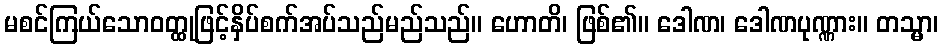
မစင်ကြယ်သောဝတ္ထုဖြင့်နှိပ်စက်အပ်သည်မည်သည်။ ဟောတိ၊ ဖြစ်၏။ ဒေါဏ၊ ဒေါဏပုဏ္ဏား။ တသ္မာ၊